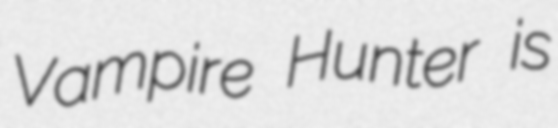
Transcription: Vampire Hunter is